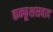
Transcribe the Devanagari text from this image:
कन्फूशसवाद